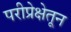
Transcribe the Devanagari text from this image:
परीप्रेक्षेतून